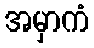
အမှာကံ